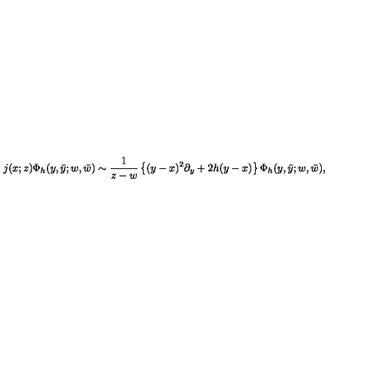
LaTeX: j ( x ; z ) \Phi _ { h } ( y , \bar { y } ; w , \bar { w } ) \sim \frac { 1 } { z - w } \left\{ ( y - x ) ^ { 2 } \partial _ { y } + 2 h ( y - x ) \right\} \Phi _ { h } ( y , \bar { y } ; w , \bar { w } ) ,